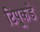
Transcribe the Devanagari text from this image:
टिपूकडे